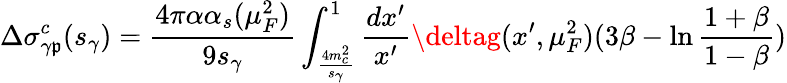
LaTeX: \Delta\sigma_{\gamma\mathfrak{p}}^{c}(s_{\gamma})={\frac{{4\pi\alpha\alpha_{s}(\mu_{F}^{2})}}{{9s_{\gamma}}}}\int_{{\frac{{4m_{c}^{2}}}{{s_{\gamma}}}}}^{1}{\frac{{dx^{\prime}}}{{x^{\prime}}}}\deltag(x^{\prime},\mu_{F}^{2})(3\beta-\ln{\frac{{1+\beta}}{{1-\beta}}})